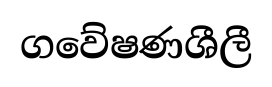
ගවේෂණශීලී